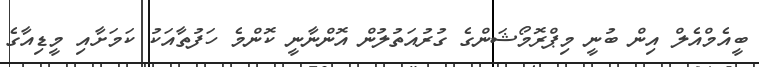
ބީއެމްއެލް އިން ބުނީ މިޕްރޮމޯޝަންގެ ގުރުއަތުލުން އޮންނާނީ ކޮންމެ ހަފުތާއަކު ކަމަށާއި މީޑިއާގެ